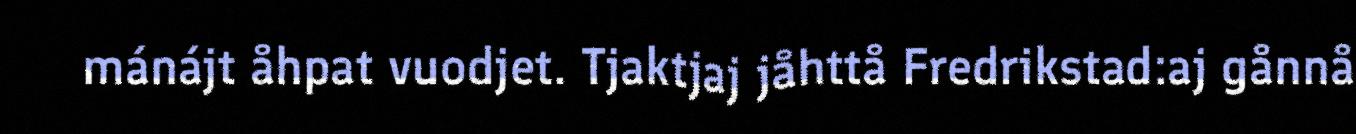
mánájt åhpat vuodjet. Tjaktjaj jåhttå Fredrikstad:aj gånnå